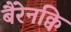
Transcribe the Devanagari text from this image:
बैरेनक्वि